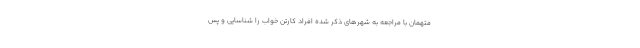
متهمان با مراجعه به شهرهای ذکر شده افراد کارتن خواب را شناسایی و پس